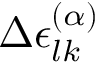
\Delta \epsilon _ { l k } ^ { ( \alpha ) }